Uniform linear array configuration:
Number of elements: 16
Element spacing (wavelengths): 0.25
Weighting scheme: exponential
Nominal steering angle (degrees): -45
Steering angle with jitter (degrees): -46.143
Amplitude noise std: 0.05
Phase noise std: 0.05

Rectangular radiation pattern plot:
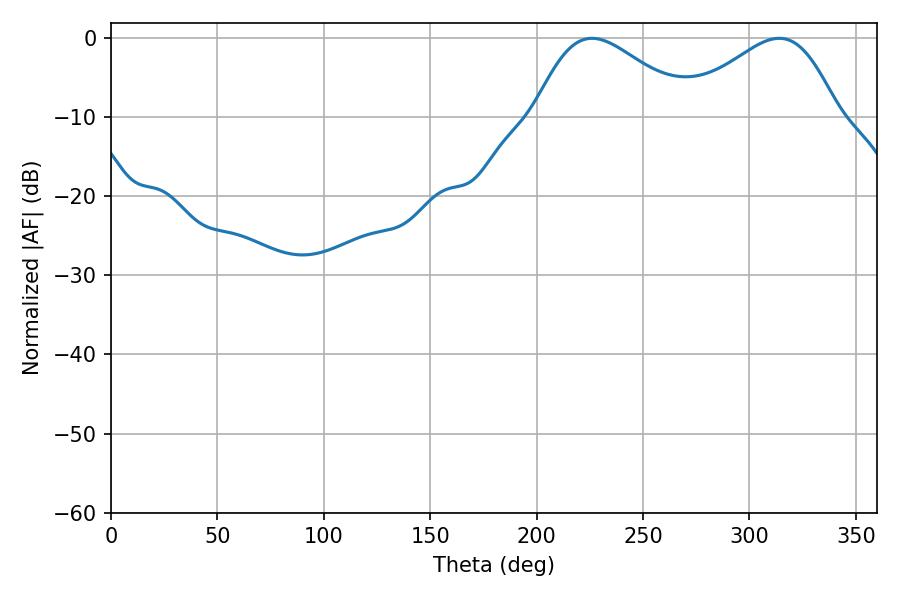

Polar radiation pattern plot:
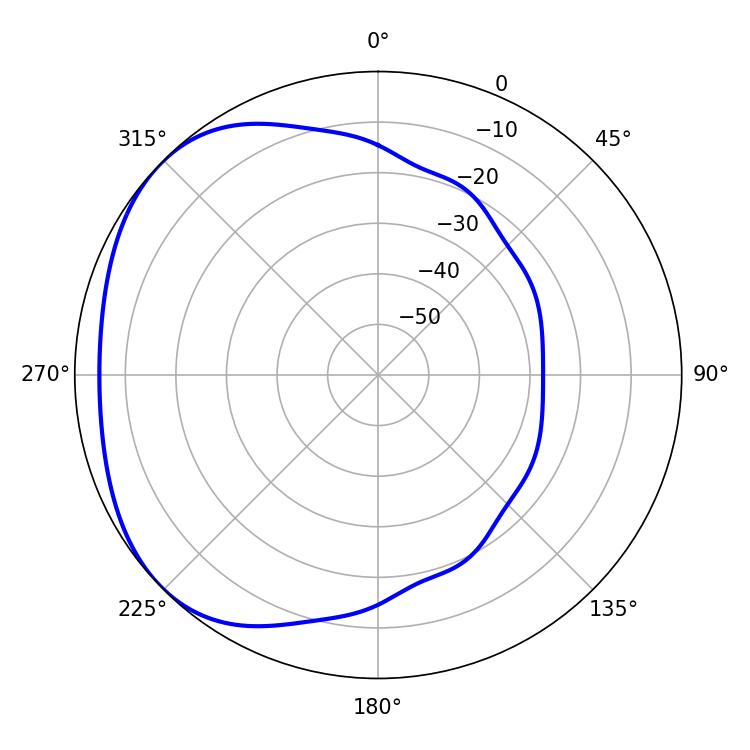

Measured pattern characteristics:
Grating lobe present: FALSE
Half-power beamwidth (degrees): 38.88
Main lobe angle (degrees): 226.08